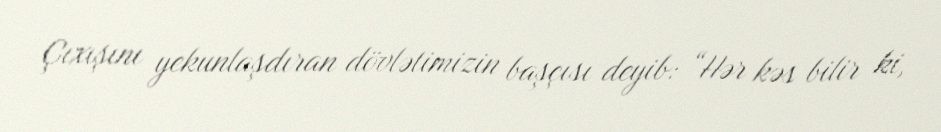
Çıxışını yekunlaşdıran dövlətimizin başçısı deyib: “Hər kəs bilir ki,